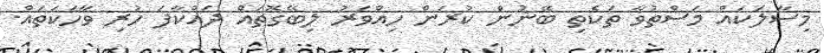
މިސާލަކައް މަސްތުވާ ތަކެތި ބޭނުން ކުރަން ހިއްވަރު ލިބޭގޮތައް ދައްކާފަ ހުރި ވާހަކަތައް.